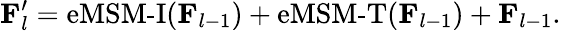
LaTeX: \mathbf{F}_{l}^{\prime}=\operatorname{eMSM-I}(\mathbf{F}_{l-1})+\operatorname{eMSM-T}(\mathbf{F}_{l-1})+\mathbf{F}_{l-1}.